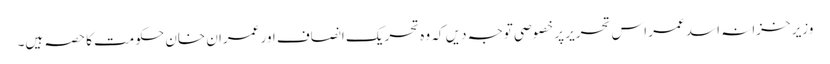
وزیر خزانہ اسد عمر اس تحریر پر خصوصی توجہ دیں کہ وہ تحریک انصاف اور عمران خان حکومت کا حصہ ہیں۔